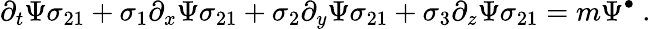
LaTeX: \partial_{t}\Psi\sigma_{21}+\sigma_{1}\partial_{x}\Psi\sigma_{21}+\sigma_{2}\partial_{y}\Psi\sigma_{21}+\sigma_{3}\partial_{z}\Psi\sigma_{21}=m\Psi^{\bullet}~.